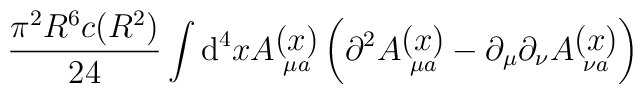
\frac{\pi^2R^6c(R^2)}{24}\int\mathrm{d}^4x	A\raisebox{-4pt}{$\stackrel{\displaystyle{(x)}}{\scriptstyle{\mu a}}$}	\left(\partial^2	A\raisebox{-4pt}{$\stackrel{\displaystyle{(x)}}{\scriptstyle{\mu a}}$}-	\partial_\mu\partial_\nu	A\raisebox{-4pt}{$\stackrel{\displaystyle{(x)}}{\scriptstyle{\nu a}}$}	\right)